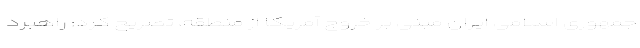
جمهوری اسلامی ایران مبنی بر خروج آمریکا از منطقه، تصریح کرد: راهبرد